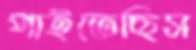
পাইতেছিস